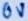
Text: 0V